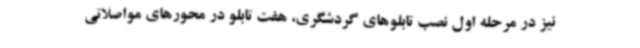
نیز در مرحله اول نصب تابلوهای گردشگری، هفت تابلو در محورهای مواصلاتی